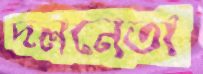
দলনেতা